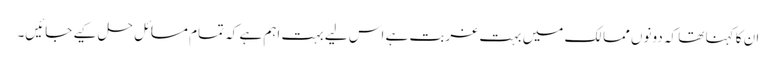
ان کا کہنا تھا کہ دونوں ممالک میں بہت غربت ہے اس لیے بہت اہم ہے کہ تمام مسائل حل کیے جائیں۔